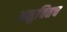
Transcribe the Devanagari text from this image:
अनुचितच